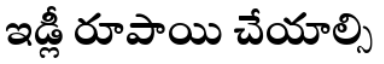
ఇడ్లీ రూపాయి చేయాల్సి